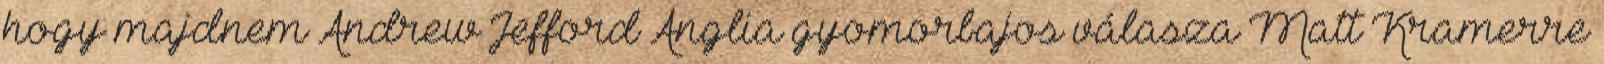
hogy majdnem Andrew Jefford Anglia gyomorbajos válasza Matt Kramerre